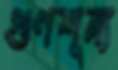
গুণশূন্য